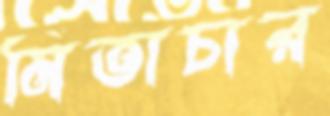
মিতাচার